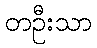
တဦးသာ